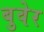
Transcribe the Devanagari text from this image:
बुवेर